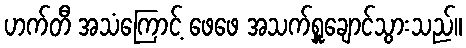
ဟက်တီ အသံကြောင့် ဖေဖေ အသက်ရှူချောင်သွားသည်။